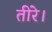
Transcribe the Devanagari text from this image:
तीरे।